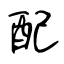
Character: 配